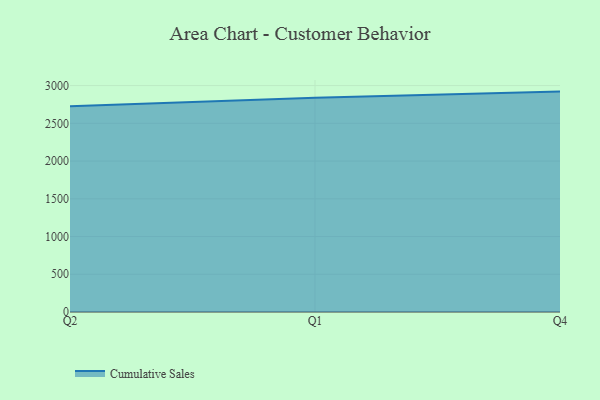
{"axis": {"x": "Quarter", "y": "Page Views"}, "legend": ["Cumulative Sales"], "data": [{"x": "Q2", "y": 2727.4, "type": "Cumulative Sales"}, {"x": "Q1", "y": 2839.0, "type": "Cumulative Sales"}, {"x": "Q4", "y": 2920.4, "type": "Cumulative Sales"}]}